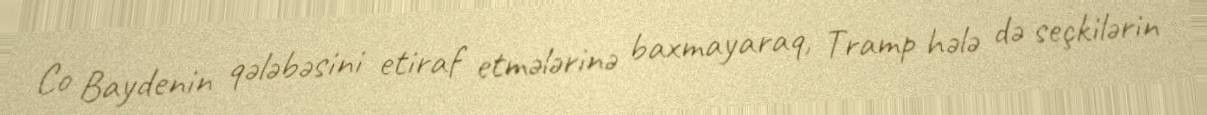
Co Baydenin qələbəsini etiraf etmələrinə baxmayaraq, Tramp hələ də seçkilərin